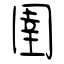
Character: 圉